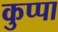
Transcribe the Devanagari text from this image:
कुप्‍पा